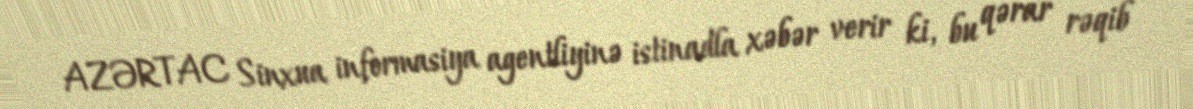
AZƏRTAC Sinxua informasiya agentliyinə istinadla xəbər verir ki, bu qərar rəqib